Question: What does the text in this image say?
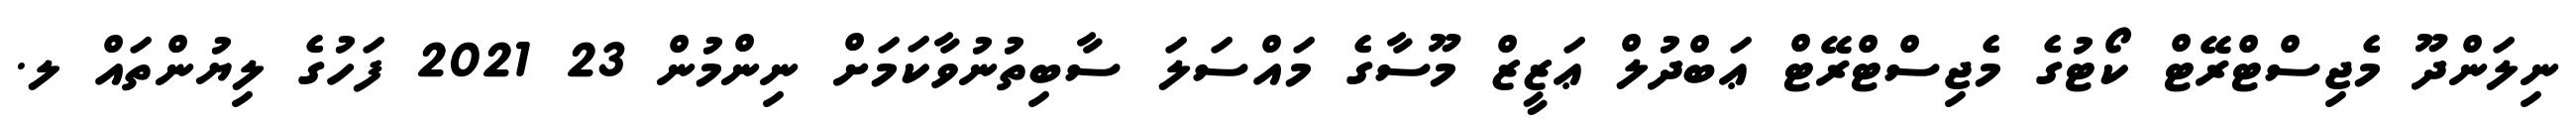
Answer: ނިލަންދޫ މެޖިސްޓްރޭޓް ކޯޓުގެ މެޖިސްޓްރޭޓް ޢަބްދުލް ޢަޒީޒް މޫސާގެ މައްސަލަ ސާބިތުނުވާކަމަށް ނިންމުން 23 2021 ފަހުގެ ލިޔުންތައް ލ.